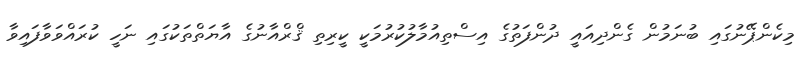
މިކެންޕޭނުގައި ބުނަމުން ގެންދިއައީ ދުންފަތުގެ އިސްތިއުމާލުކުރުމަކީ ކީރިތި ޤްރްއާނުގެ އާޔަތްތަކުގައި ނަހީ ކުރައްވަވާފައިވާ